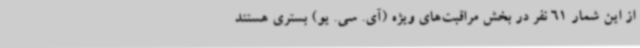
از این شمار 61 نفر در بخش مراقبت‌های ویژه (آی. سی. یو) بستری هستند